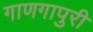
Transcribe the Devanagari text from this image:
गाणगापुरी